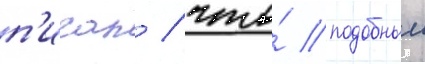
п'исал / что́ подобныи